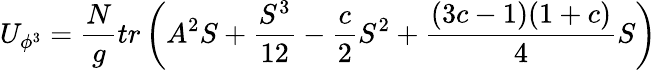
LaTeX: U_{\phi^{3}}={\frac{N}{g}}tr\left(A^{2}S+{\frac{S^{3}}{12}}-{\frac{c}{2}}S^{2}+{\frac{(3c-1)(1+c)}{4}}S\right)